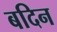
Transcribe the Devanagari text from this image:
बदिन